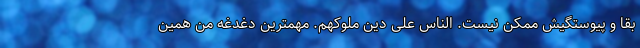
بقا و پیوستگیش ممکن نیست. الناس علی دین ملوکهم. مهمترین دغدغه من همین